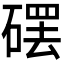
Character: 𱴩